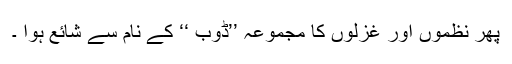
پھر نظموں اور غزلوں کا مجموعہ ’’ڈوب ‘‘ کے نام سے شائع ہوا ۔